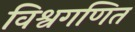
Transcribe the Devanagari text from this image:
विश्वगणित